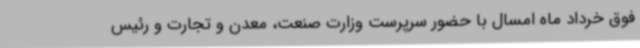
فوق خرداد ماه امسال با حضور سرپرست وزارت صنعت، معدن و تجارت و رئیس